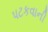
પટકવાની